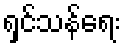
ရှင်သန်ရေး